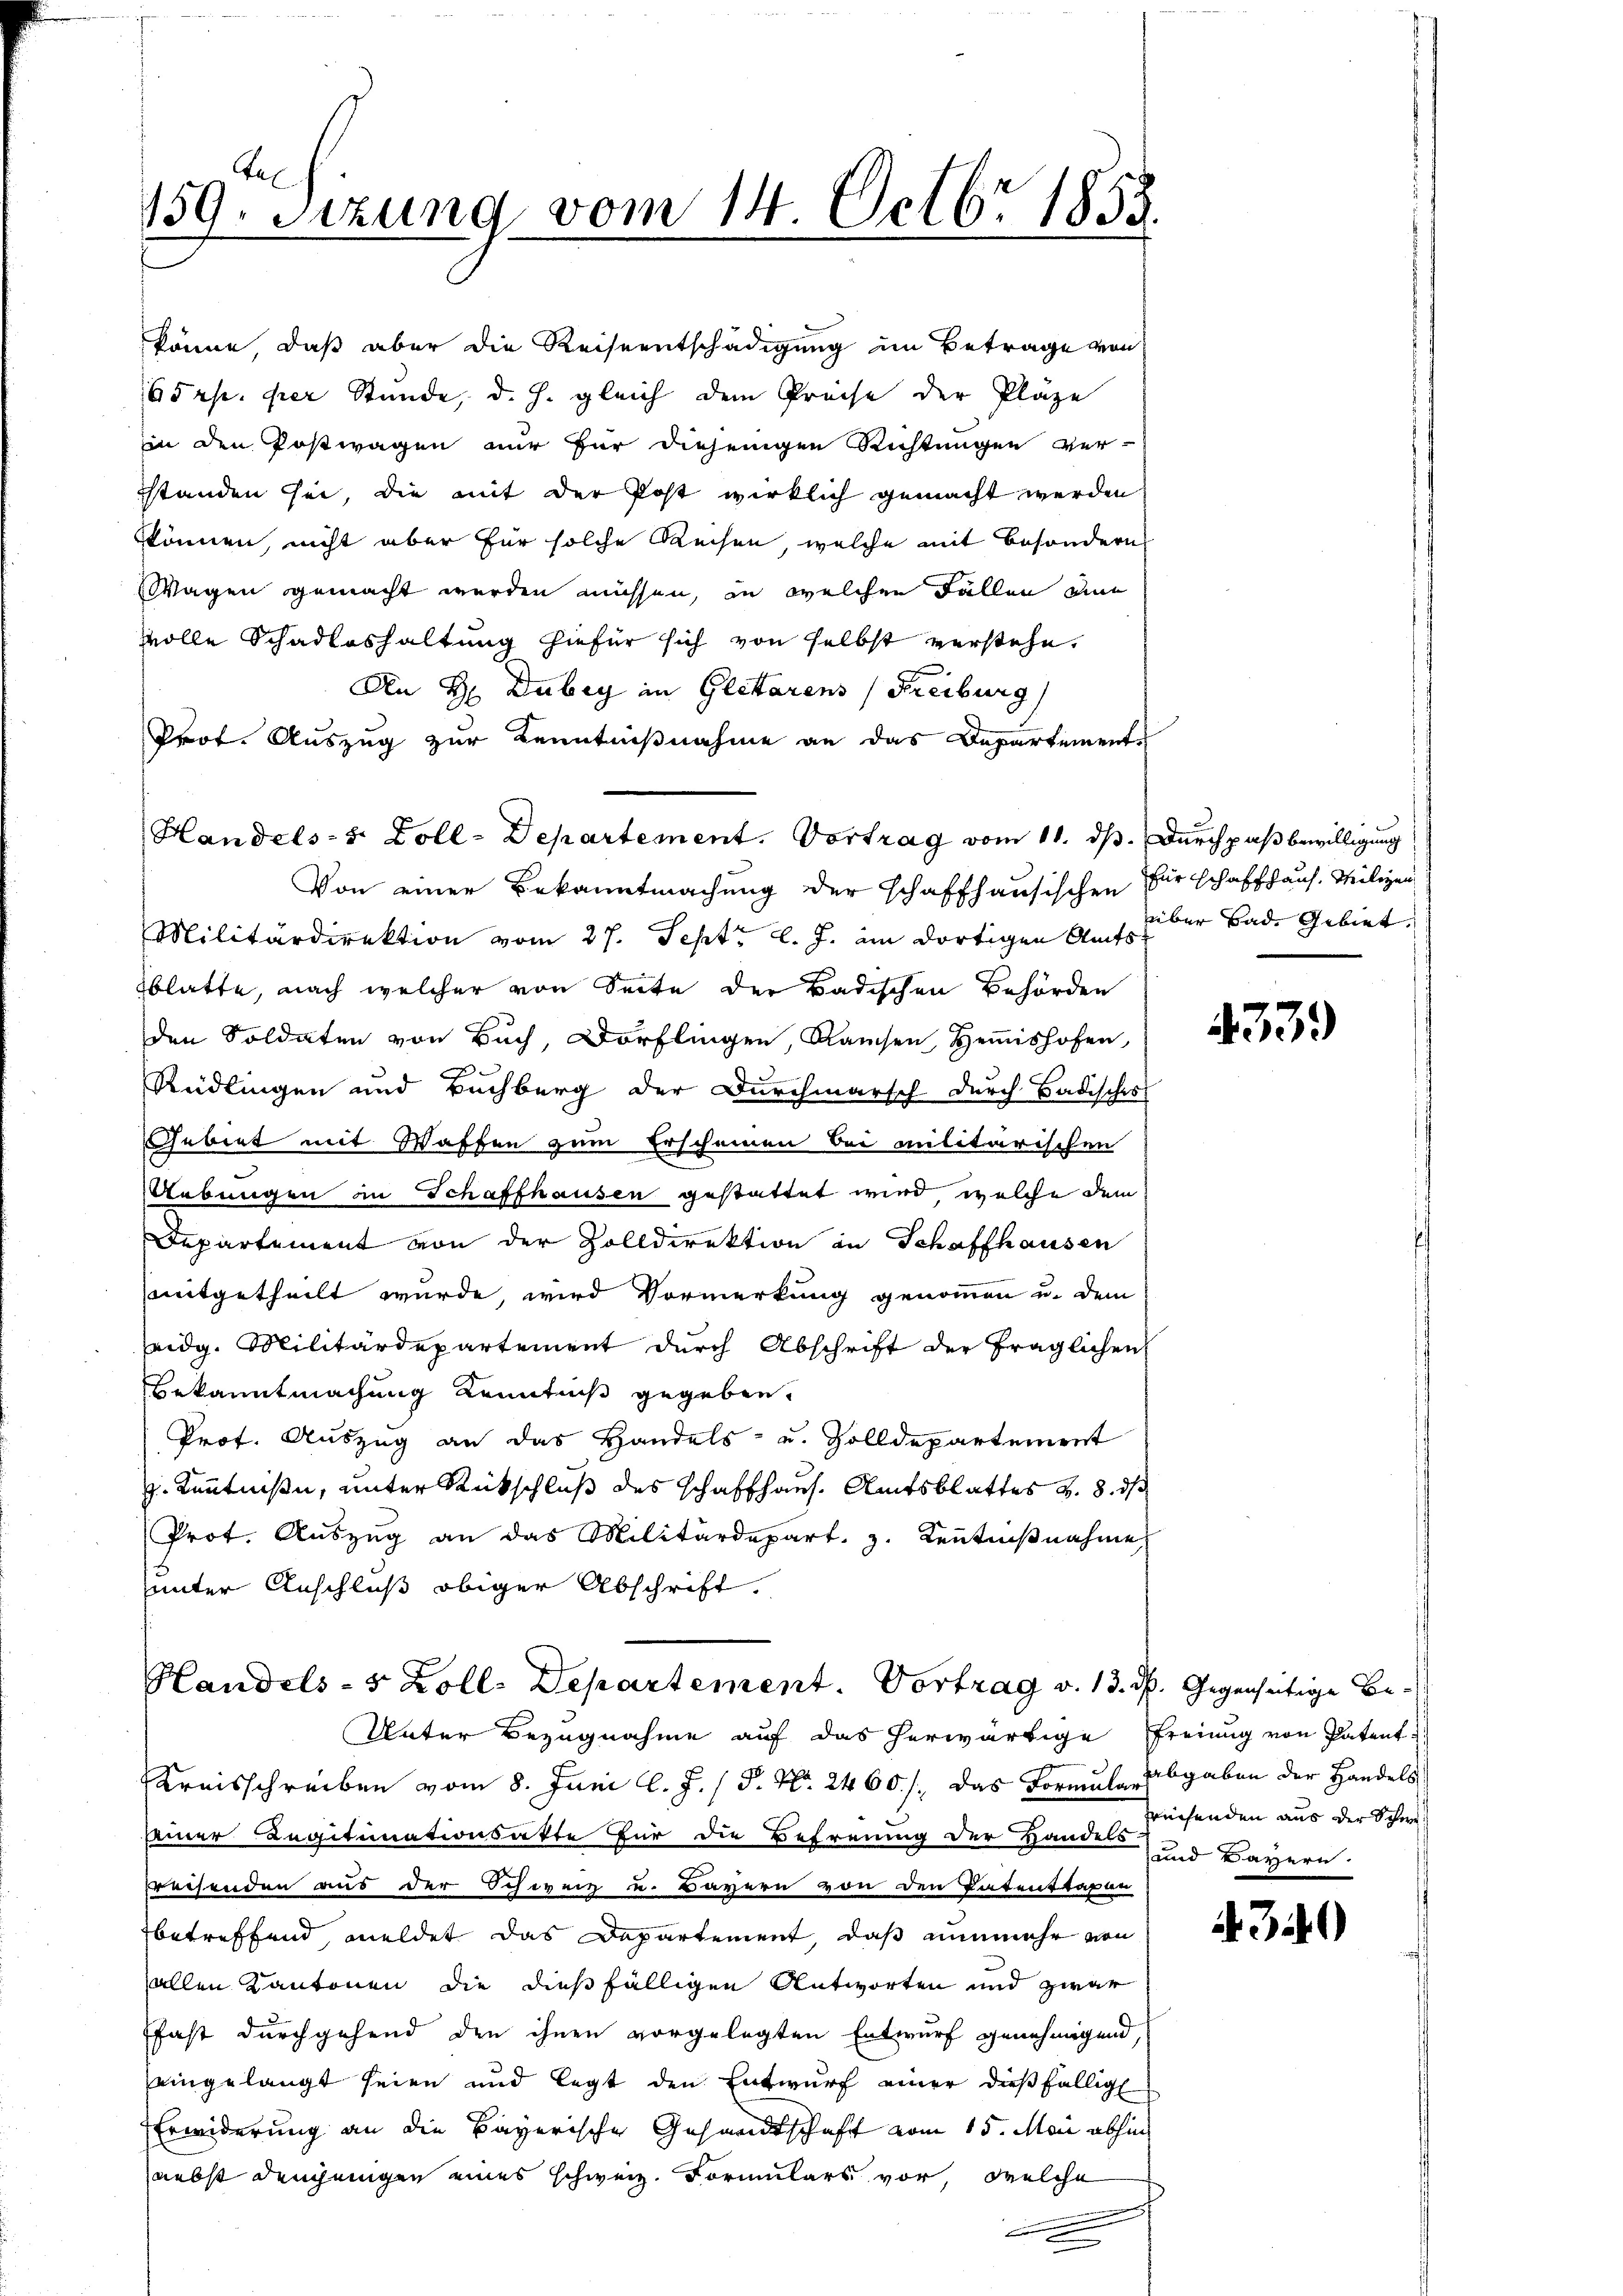
tel
159. Sitzung vom 14. Octbr 1858.

könne, daß aber die Reiseentschädigung im Betrage von
65 rp. per Stunde, d. h. gleich dem Preise der Kläge
in den Postwagen nur für diejenigen Richtungen ver-
sstanden sei, die mit der Post wirklich gemacht werden
können, nicht aber für solche Reisen, welche mit besondern
Wagen gemacht werden müssen, in welchen Fallen eine
volle Schadloshaltung hiefür sich von selbst verstehe,
An H Dubey in Glettarens (Freiburg
Prot. Auszug zur Kenntnißnahme an das Departement-
Von einer Bekanntmachung der schaffhausischen Hirschaffhaus. Meiligen
Militärdirektion vom 27. Sept. l. J. im dortigen Amtsblatte, nach welcher von Seite der Badischen Behörden
den Soldaten von Buch, Dorflingen, Ramsen, Hemishofen,
c
Rüdlingen und Buchberg der Durchmarsch durch Badisches
Gebiet mit Waffen zum Erscheinen bei militärischen
Uebungen in Schaffhausen gestattet wird, welche dem
Departement von der Zolldirektion in Schaffhausen
smitgetheilt wurde, wird Vormerkung genommen u. dem
eidg. Militärdepartement durch Abschrift der fraglichen
Bekanntmachung Kenntniß gegeben.
Prof. Auszug an das Handels- und Zolldepartement
p. Kenntniße, unter Rückschluß des schaffhaus. Amtsblattes v. 8. ds
Prot. Auszug an das Militärdepart. 3. Kenntniβnahme,
uunter Anschluß obiger Abschrift,
Handels- 5 Zoll: Departement. Vortrag v. 13. d. Gegenseitige Be¬
Unter Bezugnahme auf das herwärtige Freiung von Patent
Kreisschreiben vom 8. Juni l. J. / P. Nr. 2460. /: das Formular abgaben der Handels
einer Legitimationsakte für die Befreuung der Hande und Bayern
preisenden aus der Schweiz u. Bayern von den Patenstagen
betreffend, meldet das Departement, daß nunmehr von
allen Kantonen die dießfälligen Antworten und zwar
fast durchgehend den ihnen vorgelegten Entwurf genehmigend,
eingelangt seien und legt den Entwurf einer dießfällig
Erwiderung an die Bayerische Gesandtschaft vom 15. Mai abhin
nebst denjenigen eines schweiz. Formulars vor, welche
e

Handels- u. Zoll-Departement. Vortrag vom 11. ds. Durch paß bewilligung

über Bad. Gebiet.

4339

preisenden aus der Schwe¬

A.30)